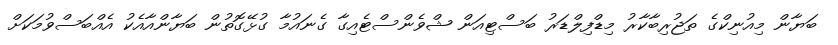
ބަޔާން މިއުނިކްގެ ތަޖުރިބާކާރު މިޑްފިލްޑަރު ބަސްޓިއަން ޝްވެންސްޓެއިގާ ގެނައުމާ ގުޅޭގޮތުން ބަޔާންއާއެކު އެއްބަސްވުމަކަށް